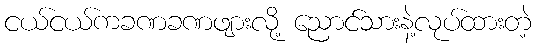
ငယ်ငယ်ကခဏခဏဖျားလို့ ညောင်သားနဲ့လုပ်ထားတဲ့